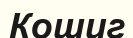
Кошиг